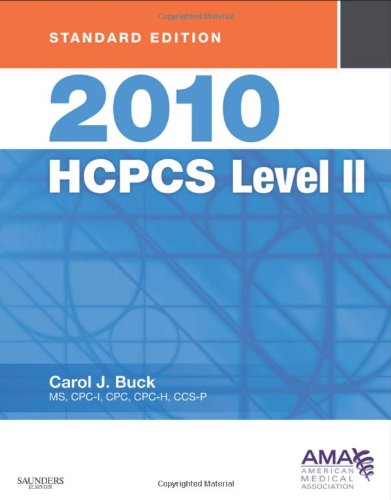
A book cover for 2010 HCPCS Level II Standard Edition, 1e (Saunders Hcpcs Level II); Carol J. Buck MS  CPC  CCS-P; Medical Books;